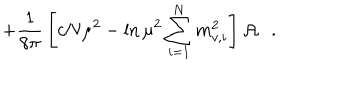
LaTeX: + { \frac { 1 } { 8 \pi } } \left[ c N \mu ^ { 2 } - \ln \mu ^ { 2 } \sum _ { i = 1 } ^ { N } m _ { v , i } ^ { 2 } \right] { \cal A } .